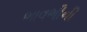
ભાવભીની